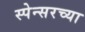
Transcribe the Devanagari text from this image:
स्पेन्सरच्या